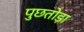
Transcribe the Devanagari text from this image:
पुछतोड़ा